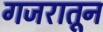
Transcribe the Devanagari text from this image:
गजरातून